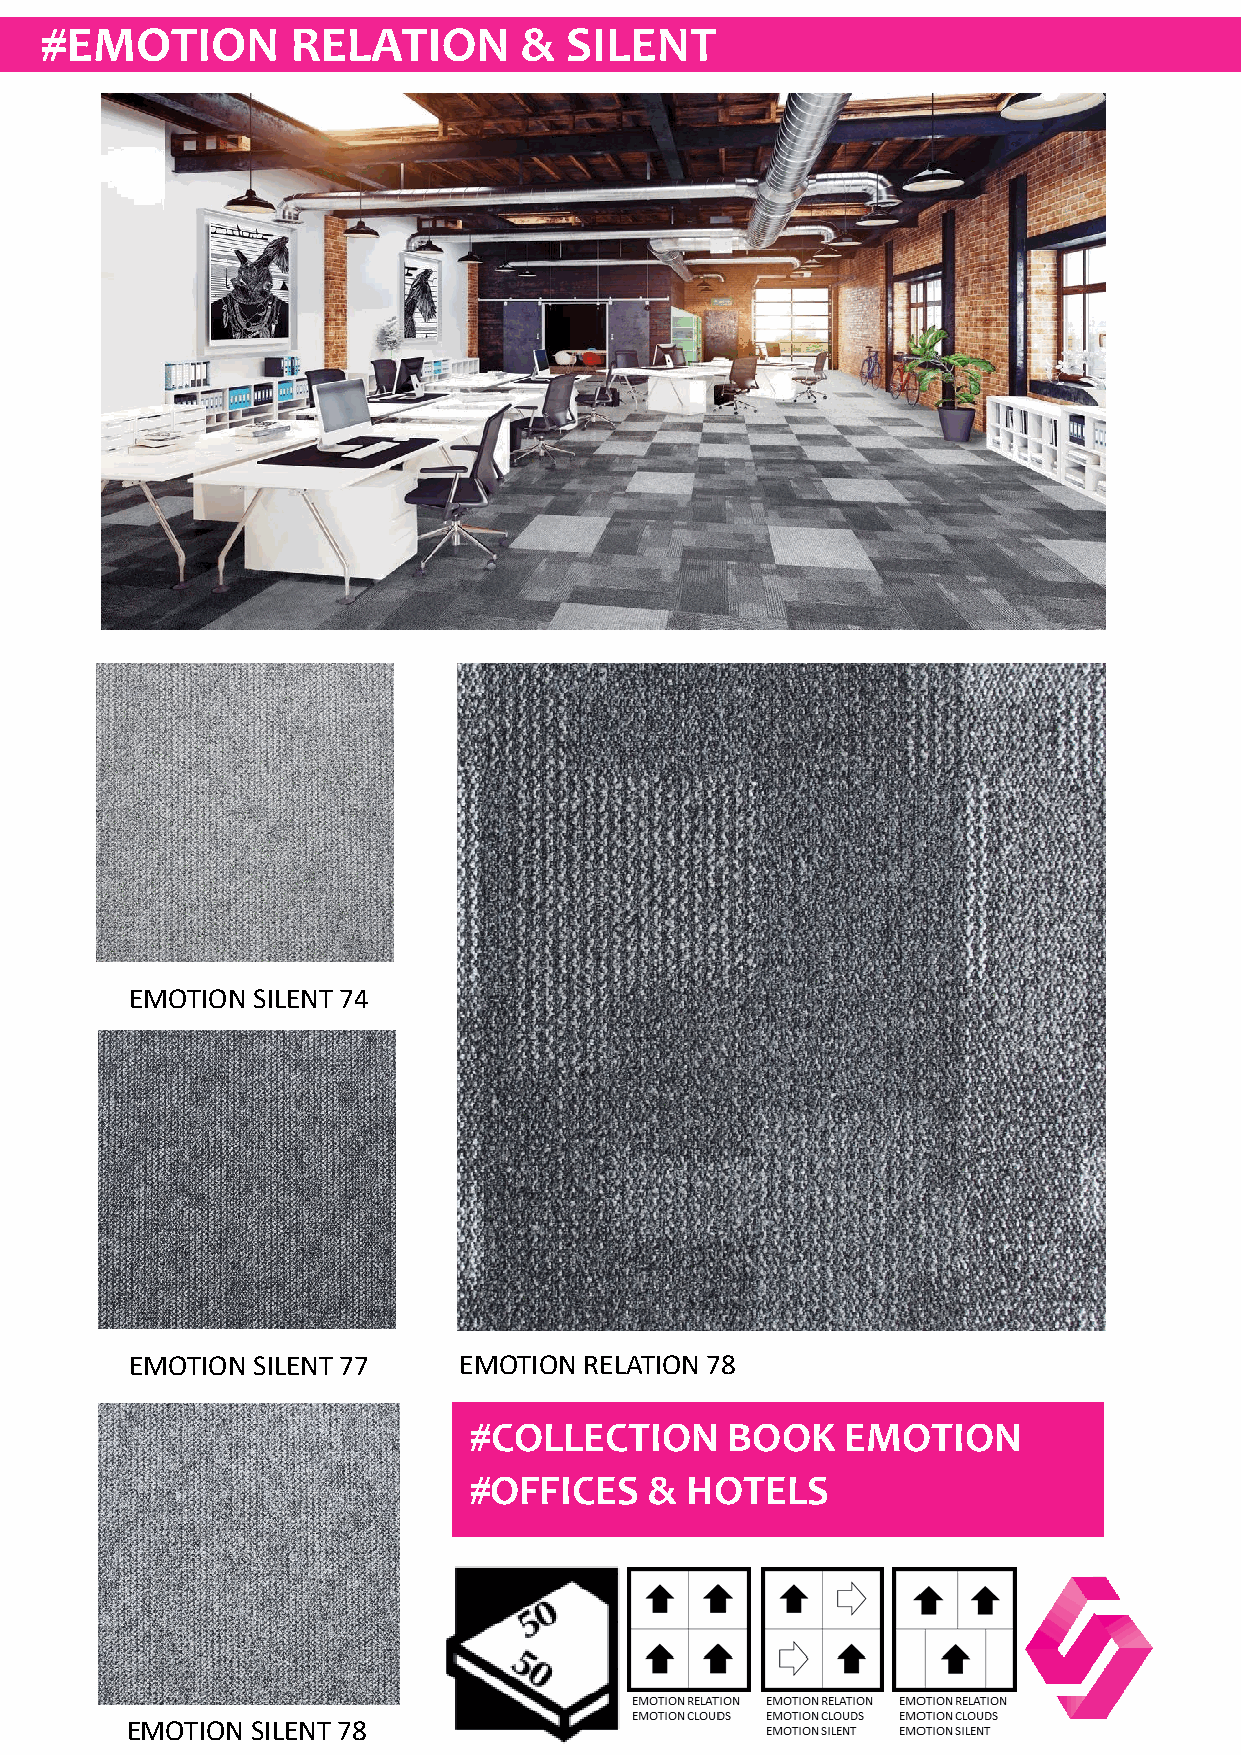
#EMOTION        RELATION       &  SILENT
 EMOTION SILENT 74
 EMOTION SILENT 77    EMOTION  RELATION 78
 #COLLECTION      BOOK    EMOTION
 #OFFICES    & HOTELS
 EMOTION  SILENT 78